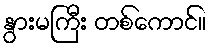
နွားမကြီး တစ်ကောင်။